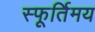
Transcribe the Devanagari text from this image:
स्फूर्तिमय